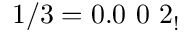
1 / 3 = 0 . 0 \ 0 \ 2 _ { ! }